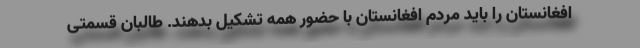
افغانستان را باید مردم افغانستان با حضور همه تشکیل بدهند. طالبان قسمتی